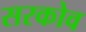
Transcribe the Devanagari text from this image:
सरकोव